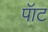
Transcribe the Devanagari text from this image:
पॅाट